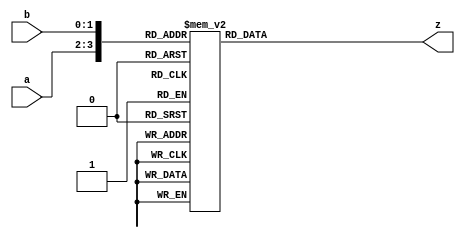
module MultiplierLUT(a, b, z);
    input [1:0] a;
    input [1:0] b;
    output reg [3:0] z;

    always @(a, b) begin
        case ({a, b})
            4'b0000: z <= 4'b0000; // 0 * 0 = 0
            4'b0001: z <= 4'b0000; // 0 * 1 = 0
            4'b0010: z <= 4'b0000; // 0 * 2 = 0
            4'b0011: z <= 4'b0000; // 0 * 3 = 0
            4'b0100: z <= 4'b0000; // 1 * 0 = 0
            4'b0101: z <= 4'b0001; // 1 * 1 = 1
            4'b0110: z <= 4'b0010; // 1 * 2 = 2
            4'b0111: z <= 4'b0011; // 1 * 3 = 3
            4'b1000: z <= 4'b0000; // 2 * 0 = 0
            4'b1001: z <= 4'b0010; // 2 * 1 = 2
            4'b1010: z <= 4'b0100; // 2 * 2 = 4
            4'b1011: z <= 4'b0110; // 2 * 3 = 6
            4'b1100: z <= 4'b0000; // 3 * 0 = 0
            4'b1101: z <= 4'b0011; // 3 * 1 = 3
            4'b1110: z <= 4'b0110; // 3 * 2 = 6
            4'b1111: z <= 4'b1001; // 3 * 3 = 9
            default: z <= 0;
        endcase
    end
endmodule